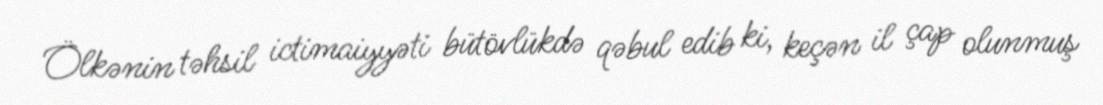
Ölkənin təhsil ictimaiyyəti bütövlükdə qəbul edib ki, keçən il çap olunmuş